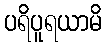
ပရိပူရယာမိ